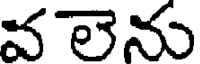
వలెను